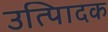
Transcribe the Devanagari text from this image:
उत्पािदक